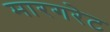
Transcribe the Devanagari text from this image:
मारगरेट